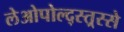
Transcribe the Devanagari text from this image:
लेओपोल्द्स्त्र्स्से